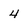
Character: 4